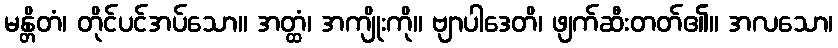
မန္တိတံ၊ တိုင်ပင်အပ်သော။ အတ္ထံ၊ အကျိုးကို။ ဗျာပါဒေတိ၊ ဖျက်ဆီးတတ်၏။ အလသော၊